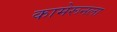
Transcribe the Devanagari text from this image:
कामेरूनला